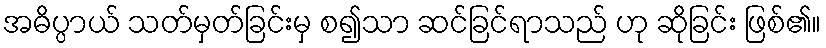
အဓိပ္ပာယ် သတ်မှတ်ခြင်းမှ စ၍သာ ဆင်ခြင်ရာသည် ဟု ဆိုခြင်း ဖြစ်၏။